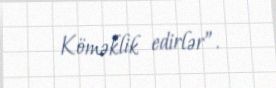
Köməklik edirlər”.